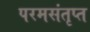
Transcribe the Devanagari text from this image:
परमसंतृप्त